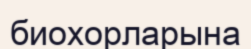
биохорларына